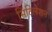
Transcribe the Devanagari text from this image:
सिंटिलेशन